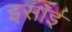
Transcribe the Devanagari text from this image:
इसार्इ